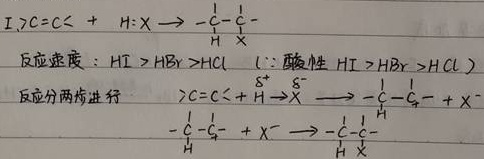
\(\mathrm{I}\ \mathrm{C}=\mathrm{C}+\mathrm{H}\colon\mathrm{X}\to\underset{\mathrm{H}}{\overset{\mathrm{X}}{\mathrm{C}}}-\mathrm{C}\)
反应速度：\(\mathrm{HI} > \mathrm{HBr} > \mathrm{HCl}\) （\(\because\)酸性 \(\mathrm{HI} > \mathrm{HBr} > \mathrm{HCl}\)）
反应分两步进行
\(\mathrm{C}=\mathrm{C}+\overset{\delta^{+}}{\mathrm{H}}\to\mathrm{X}\overset{\delta^{-}}{\longrightarrow}\underset{\mathrm{H}}{\mathrm{C}}-\mathrm{C}^{+}+\mathrm{X}^{-}\)
\(\underset{\mathrm{H}}{\mathrm{C}}-\mathrm{C}^{+}+\mathrm{X}^{-}\to\underset{\mathrm{H}}{\overset{\mathrm{X}}{\mathrm{C}}}-\mathrm{C}\)